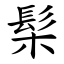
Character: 髤